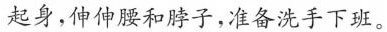
起身，伸伸腰和脖子，准备洗手下班。